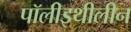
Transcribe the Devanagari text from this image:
पॉलीइथीलीन